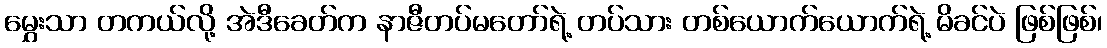
မွှေးသာ တကယ်လို့ အဲဒီခေတ်က နာဇီတပ်မတော်ရဲ့ တပ်သား တစ်ယောက်ယောက်ရဲ့ မိခင်ပဲ ဖြစ်ဖြစ်၊